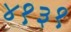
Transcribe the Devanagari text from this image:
४१३१